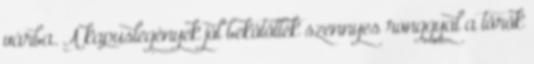
várba. A kapuslegények jól bekötötték szennyes ronggyal a török